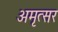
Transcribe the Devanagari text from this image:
अमृत्सर